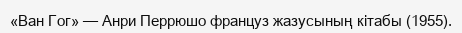
«Ван Гог» — Анри Перрюшо француз жазусының кітабы (1955).